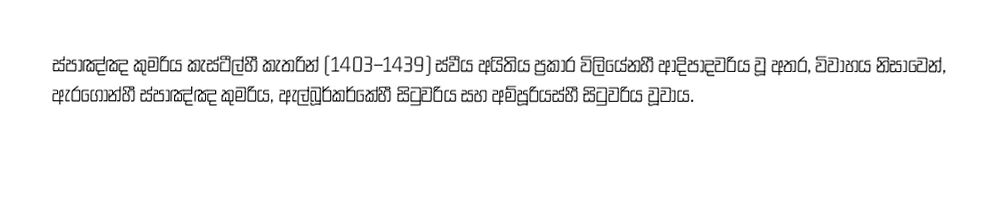
ස්පාඤ්ඤ කුමරිය කැස්ටීල්හී කැතරින් (1403–1439) ස්වීය අයිතිය ප්‍රකාර විලියේනහී ආදිපාදවරිය වූ අතර, විවාහය නිසාවෙන්, ඇරගොන්හී ස්පාඤ්ඤ කුමරිය, ඇල්බූර්කර්කේහී සිටුවරිය සහ අම්පූරියස්හී සිටුවරිය වූවාය.